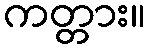
ကတ္တား။